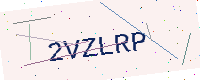
Text: 2VZLRP